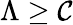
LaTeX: \Lambda\geq\mathcal{C}